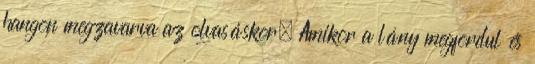
hangon megzavarva az olvasáskor. Amikor a lány megfordul és